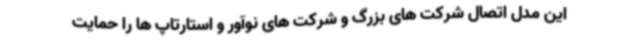
این مدل اتصال شرکت های بزرگ و شرکت های نوآور و استارتاپ ها را حمایت